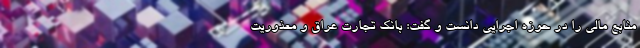
منابع مالی را در حوزه اجرایی دانست و گفت: بانک تجارت عراق و معذوریت